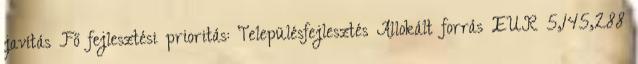
javítás Fő fejlesztési prioritás: Településfejlesztés Allokált forrás EUR 5,145,288